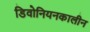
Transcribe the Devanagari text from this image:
डिवोनियनकालीन